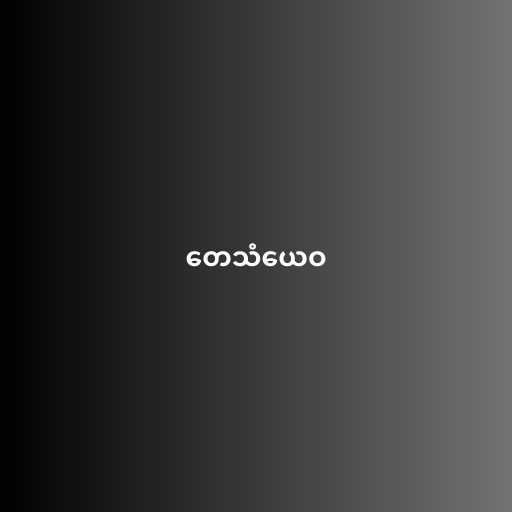
တေသံယေဝ